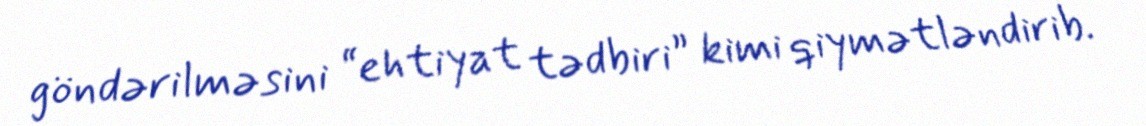
göndərilməsini “ehtiyat tədbiri” kimi qiymətləndirib.